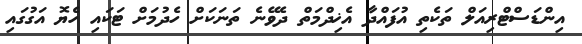
އިންޑަސްޓްރިއަލް ތަކެތި އުފައްދާ އެޚިދްމަތް ދެވޭނެ ތަނަކަށް ހެދުމަށް ޓަކައި ހެޔޮ އަގުގައި